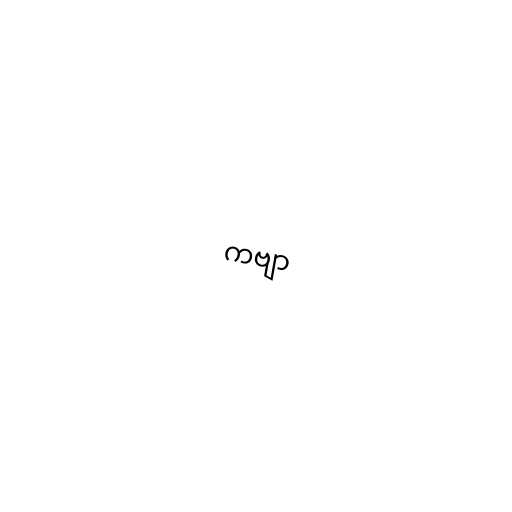
ကဗျာ